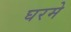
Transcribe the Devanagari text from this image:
घरमे